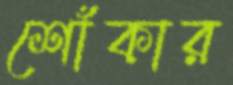
শোঁকার